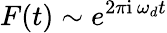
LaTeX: F(t)\sim e^{2\pi\mathrm{i}\, \omega_{d}t}